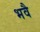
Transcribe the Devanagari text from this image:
भवै